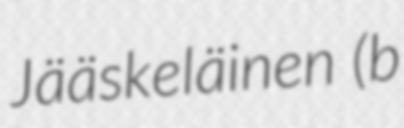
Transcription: Jääskeläinen (b